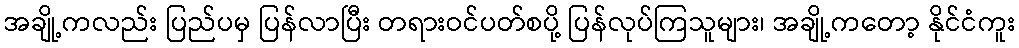
အချို့ကလည်း ပြည်ပမှ ပြန်လာပြီး တရားဝင်ပတ်စပို့ ပြန်လုပ်ကြသူများ၊ အချို့ကတော့ နိုင်ငံကူး